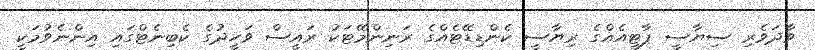
ވާދަވެރި ސިޔާސީ ޕާޓީއެއްގެ ރިޔާސީ ކެންޑިޑޭޓެއްގެ ރަނިންމޭޓަކު ރައީސް ވަހީދުގެ ކެބިނެޓްގައި އިންނެވުމަކީ